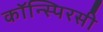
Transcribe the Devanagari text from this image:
कॉन्स्पिरसी